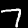
Digit: 7